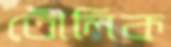
তৌলিক